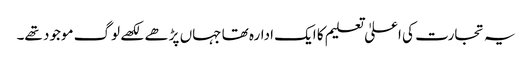
یہ تجارت کی اعلیٰ تعلیم کا ایک ادارہ تھا جہاں پڑھے لکھے لوگ موجود تھے۔